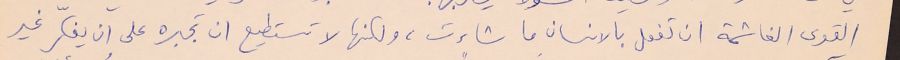
القوى الغاشمة ان تفعل بالانسان ما شاءت، ولكنها لا تستطيع ان تجبره على ان يفكّر غير